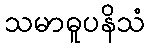
သမာဓူပနိသံ